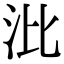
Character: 沘